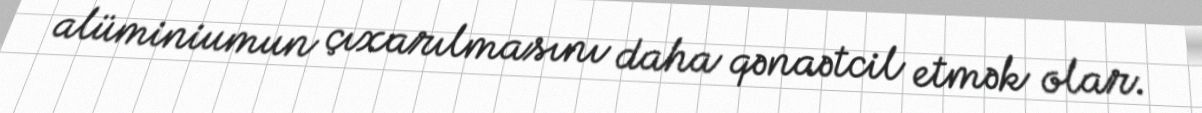
alüminiumun çıxarılmasını daha qənaətcil etmək olar.